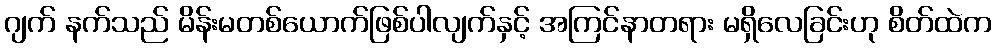
ဂျက် နက်သည် မိန်းမတစ်ယောက်ဖြစ်ပါလျက်နှင့် အကြင်နာတရား မရှိလေခြင်းဟု စိတ်ထဲက